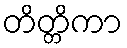
တိတ္တိကာ